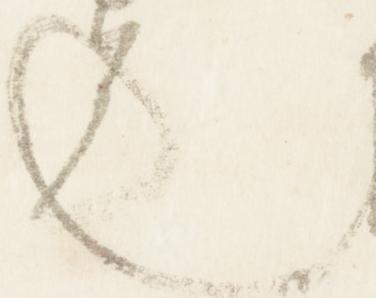
也